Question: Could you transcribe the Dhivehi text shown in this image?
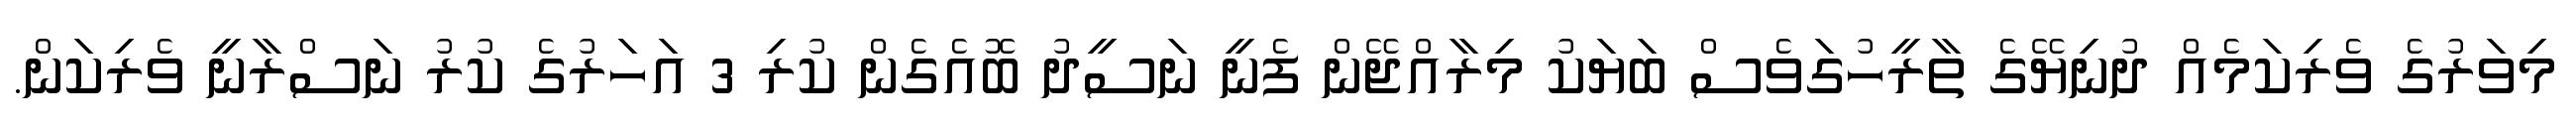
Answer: މިވަރުގެ ވެރިކަމެއް ދުނިޔޭގެ ތާރީހުގަވެސް ބަޔަކު މިރާއްޖޭން ފެނީ ނަސީދު ބޮއެގެން ކުރި 3 އަހަރުގެ ކުރު ނަސްރާނީ ވެރިކަން.